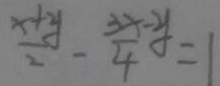
\frac { x + y } { 2 } - \frac { 3 x - y } { 4 } = 1